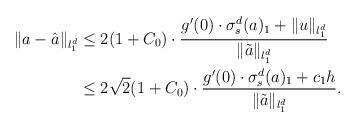
LaTeX: \begin{align*}\|a-\hat a\|_{l_1^d}&\leq2(1+C_0)\cdot\frac{g'(0)\cdot\sigma_s^d(a)_1+\|u\|_{l_1^d}}{\|\tilde a\|_{l_1^d}}\\&\leq 2\sqrt{2}(1+C_0)\cdot\frac{g'(0)\cdot\sigma_s^d(a)_1+c_1h}{\|\tilde a\|_{l_1^d}}.\end{align*}